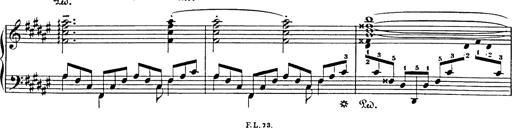
Title: Impromptu
Composer: JosÃ© MarÃ­a Usandizaga
Key: A major